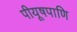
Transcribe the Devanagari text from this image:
पीयूषपाणि